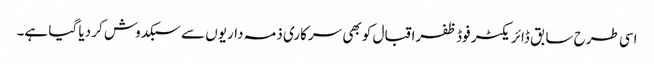
اسی طرح سابق ڈائریکٹر فوڈ ظفراقبال کو بھی سرکاری ذمہ داریوں سے سبکدوش کر دیا گیا ہے۔